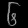
Digit: ၆